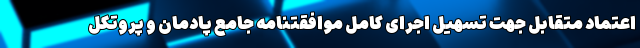
اعتماد متقابل جهت تسهیل اجرای کامل موافقتنامه جامع پادمان و پروتکل